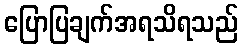
ပြောပြချက်အရသိရသည်